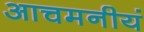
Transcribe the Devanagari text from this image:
आचमनीयं